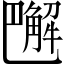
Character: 𧤭